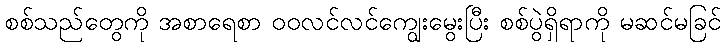
စစ်သည်တွေကို အစာရေစာ ဝဝလင်လင်ကျွေးမွေးပြီး စစ်ပွဲရှိရာကို မဆင်မခြင်